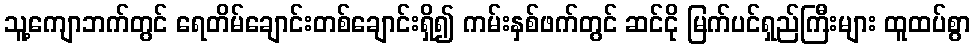
သူ့ကျောဘက်တွင် ရေတိမ်ချောင်းတစ်ချောင်းရှိ၍ ကမ်းနှစ်ဖက်တွင် ဆင်ငို မြက်ပင်ရှည်ကြီးများ ထူထပ်စွာ